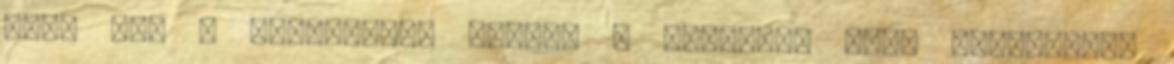
Haj, haj - hallatszik olykor a festékes kezű sóhajtása.